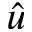
\hat { u }